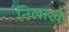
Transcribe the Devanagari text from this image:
निलाखे